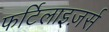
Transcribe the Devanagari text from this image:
फर्टिलाइज़र्स